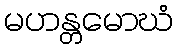
မဟန္တမောဃံ